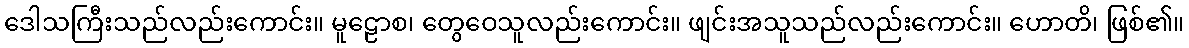
ဒေါသကြီးသည်လည်းကောင်း။ မူဠောစ၊ တွေဝေသူလည်းကောင်း။ ဖျင်းအသူသည်လည်းကောင်း။ ဟောတိ၊ ဖြစ်၏။